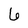
Character: 6